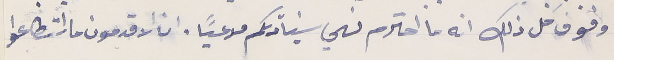
وفوق كل ذلك انه ما احترم نهي سَيادتكم مدعياً. ان الاقدمون ما استطاعوا